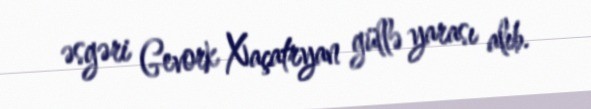
əsgəri Gevork Xaçatryan güllə yarası alıb.